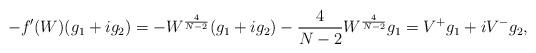
LaTeX: \begin{align*} -f'(W)(g_1 + i g_2) = -W^\frac{4}{N-2}(g_1 + i g_2) - \frac{4}{N-2}W^\frac{4}{N-2}g_1 = V^+ g_1 + iV^- g_2, \end{align*}